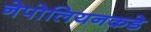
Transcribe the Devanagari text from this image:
नेपोलियनकडे